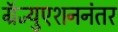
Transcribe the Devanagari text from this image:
ग्रॅज्युएशननंतर